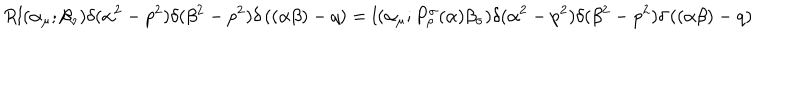
R l ( \alpha _ { \mu } ; \beta _ { \nu } ) \delta ( \alpha ^ { 2 } - p ^ { 2 } ) \delta ( \beta ^ { 2 } - p ^ { 2 } ) \delta \left( ( \alpha \beta ) - q \right) = l ( \alpha _ { \mu } ; P _ { \rho } ^ { \sigma } ( \alpha ) \beta _ { \sigma } ) \delta ( \alpha ^ { 2 } - p ^ { 2 } ) \delta ( \beta ^ { 2 } - p ^ { 2 } ) \delta \left( ( \alpha \beta ) - q \right)